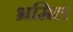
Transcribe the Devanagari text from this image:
भ्रमिल